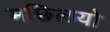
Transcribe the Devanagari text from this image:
मछ्लियो